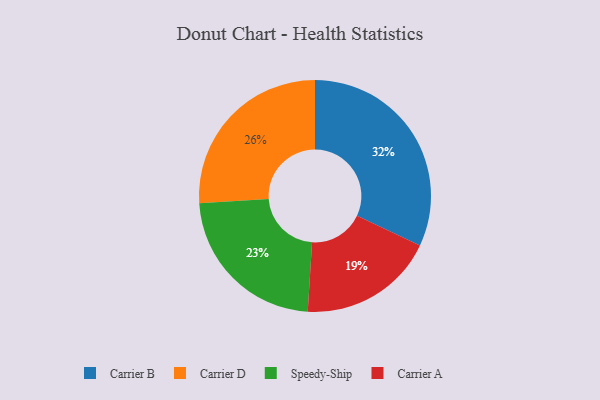
{"axis": {"x": "Category", "y": "Percentage"}, "legend": ["Carrier A", "Carrier B", "Carrier D", "Speedy-Ship"], "data": [{"x": "Carrier B", "y": 32, "type": "Carrier B"}, {"x": "Carrier D", "y": 26, "type": "Carrier D"}, {"x": "Speedy-Ship", "y": 23, "type": "Speedy-Ship"}, {"x": "Carrier A", "y": 19, "type": "Carrier A"}]}